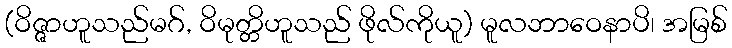
(ဝိဇ္ဇာဟူသည်မဂ်, ဝိမုတ္တိဟူသည် ဖိုလ်ကိုယူ) မူလဘာဝေနာပိ၊ အမြစ်